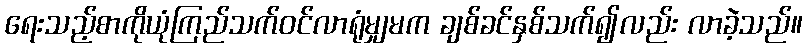
ရေးသည့်စာကိုယုံကြည်သက်ဝင်လာရုံမျှမက ချစ်ခင်နှစ်သက်၍လည်း လာခဲ့သည်။